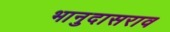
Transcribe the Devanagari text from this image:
भानुदासराव